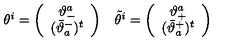
\begin{array} { c c } { \theta ^ { i } = \left( \begin{array} { c } { \vartheta _ { - } ^ { a } } \\ { ( \bar { \vartheta } _ { a } ^ { - } ) ^ { t } } \\ \end{array} \right) } & { \tilde { \theta } ^ { i } = \left( \begin{array} { c } { \vartheta _ { + } ^ { a } } \\ { ( \bar { \vartheta } _ { a } ^ { + } ) ^ { t } } \\ \end{array} \right) } \\ \end{array}